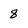
Character: 8